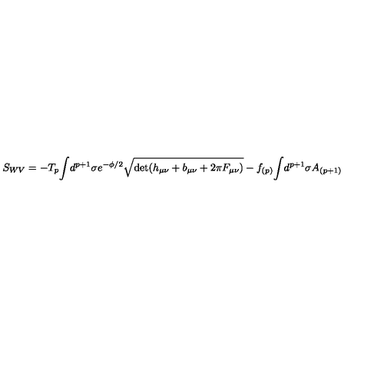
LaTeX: S _ { W V } = - T _ { p } { \int } d ^ { p + 1 } \sigma e ^ { - { \phi } / 2 } \sqrt { \det ( h _ { \mu \nu } + b _ { \mu \nu } + 2 \pi F _ { \mu \nu } ) } - \nonumber f _ { ( p ) } { \int } d ^ { p + 1 } \sigma A _ { ( p + 1 ) }